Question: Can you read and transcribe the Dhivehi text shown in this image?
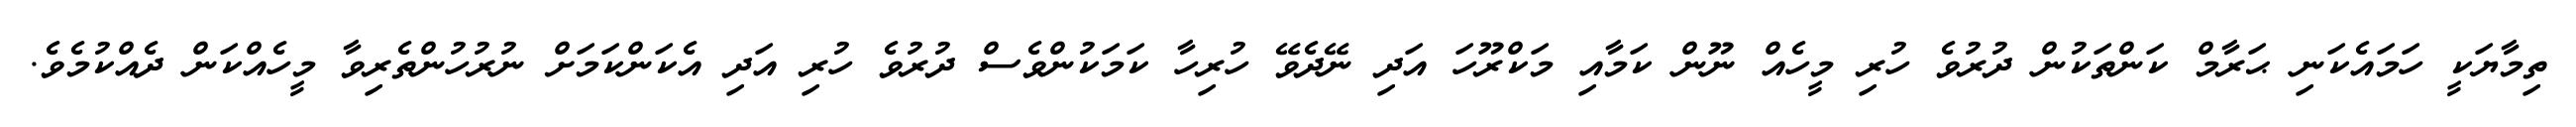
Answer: ތިމާޔަކީ ހަމައެކަނި ޙަރާމް ކަންތަކުން ދުރުވެ ހުރި މީހެއް ނޫން ކަމާއި މަކްރޫހަ އަދި ނޭދެވޭ ހުރިހާ ކަމަކުންވެސް ދުރުވެ ހުރި އަދި އެކަންކަމަށް ނުރުހުންތެރިވާ މީހެއްކަން ދެއްކުމެވެ.